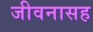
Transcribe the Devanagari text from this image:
जीवनासह